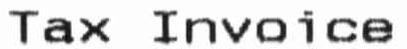
TAX INVOICE